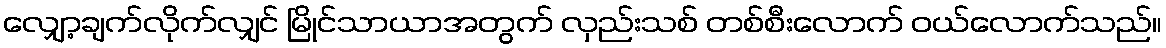
လျှော့ချက်လိုက်လျှင် မြိုင်သာယာအတွက် လှည်းသစ် တစ်စီးလောက် ဝယ်လောက်သည်။